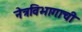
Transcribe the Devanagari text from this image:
नेत्रविभागाची